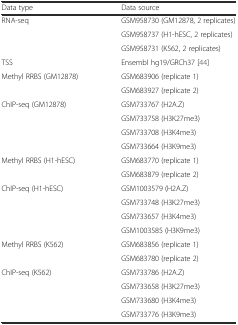
| Data type | Data source |
 | --- | --- |
 | <ROWSPAN=3> RNA-seq | GSM958730 (GM12878, 2 replicates) |
 | GSM958737 (H1-hESC, 2 replicates) |
 | GSM958731 (K562, 2 replicates) |
 | TSS | Ensembl hg19/GRCh37 [44] |
 | <ROWSPAN=2> Methyl RRBS (GM12878) | GSM683906 (replicate 1) |
 | GSM683927 (replicate 2) |
 | <ROWSPAN=4> ChIP-seq (GM12878) | GSM733767 (H2A.Z) |
 | GSM733758 (H3K27me3) |
 | GSM733708 (H3K4me3) |
 | GSM733664 (H3K9me3) |
 | <ROWSPAN=2> Methyl RRBS (H1-hESC) | GSM683770 (replicate 1) |
 | GSM683879 (replicate 2) |
 | <ROWSPAN=4> ChIP-seq (H1-hESC) | GSM1003579 (H2A.Z) |
 | GSM733748 (H3K27me3) |
 | GSM733657 (H3K4me3) |
 | GSM1003585 (H3K9me3) |
 | <ROWSPAN=2> Methyl RRBS (K562) | GSM683856 (replicate 1) |
 | GSM683780 (replicate 2) |
 | <ROWSPAN=4> ChIP-seq (K562) | GSM733786 (H2A.Z) |
 | GSM733658 (H3K27me3) |
 | GSM733680 (H3K4me3) |
 | GSM733776 (H3K9me3) |